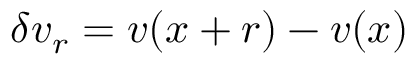
\delta \boldsymbol { v } _ { r } = \boldsymbol { v } ( \boldsymbol { x } + \boldsymbol { r } ) - \boldsymbol { v } ( \boldsymbol { x } )